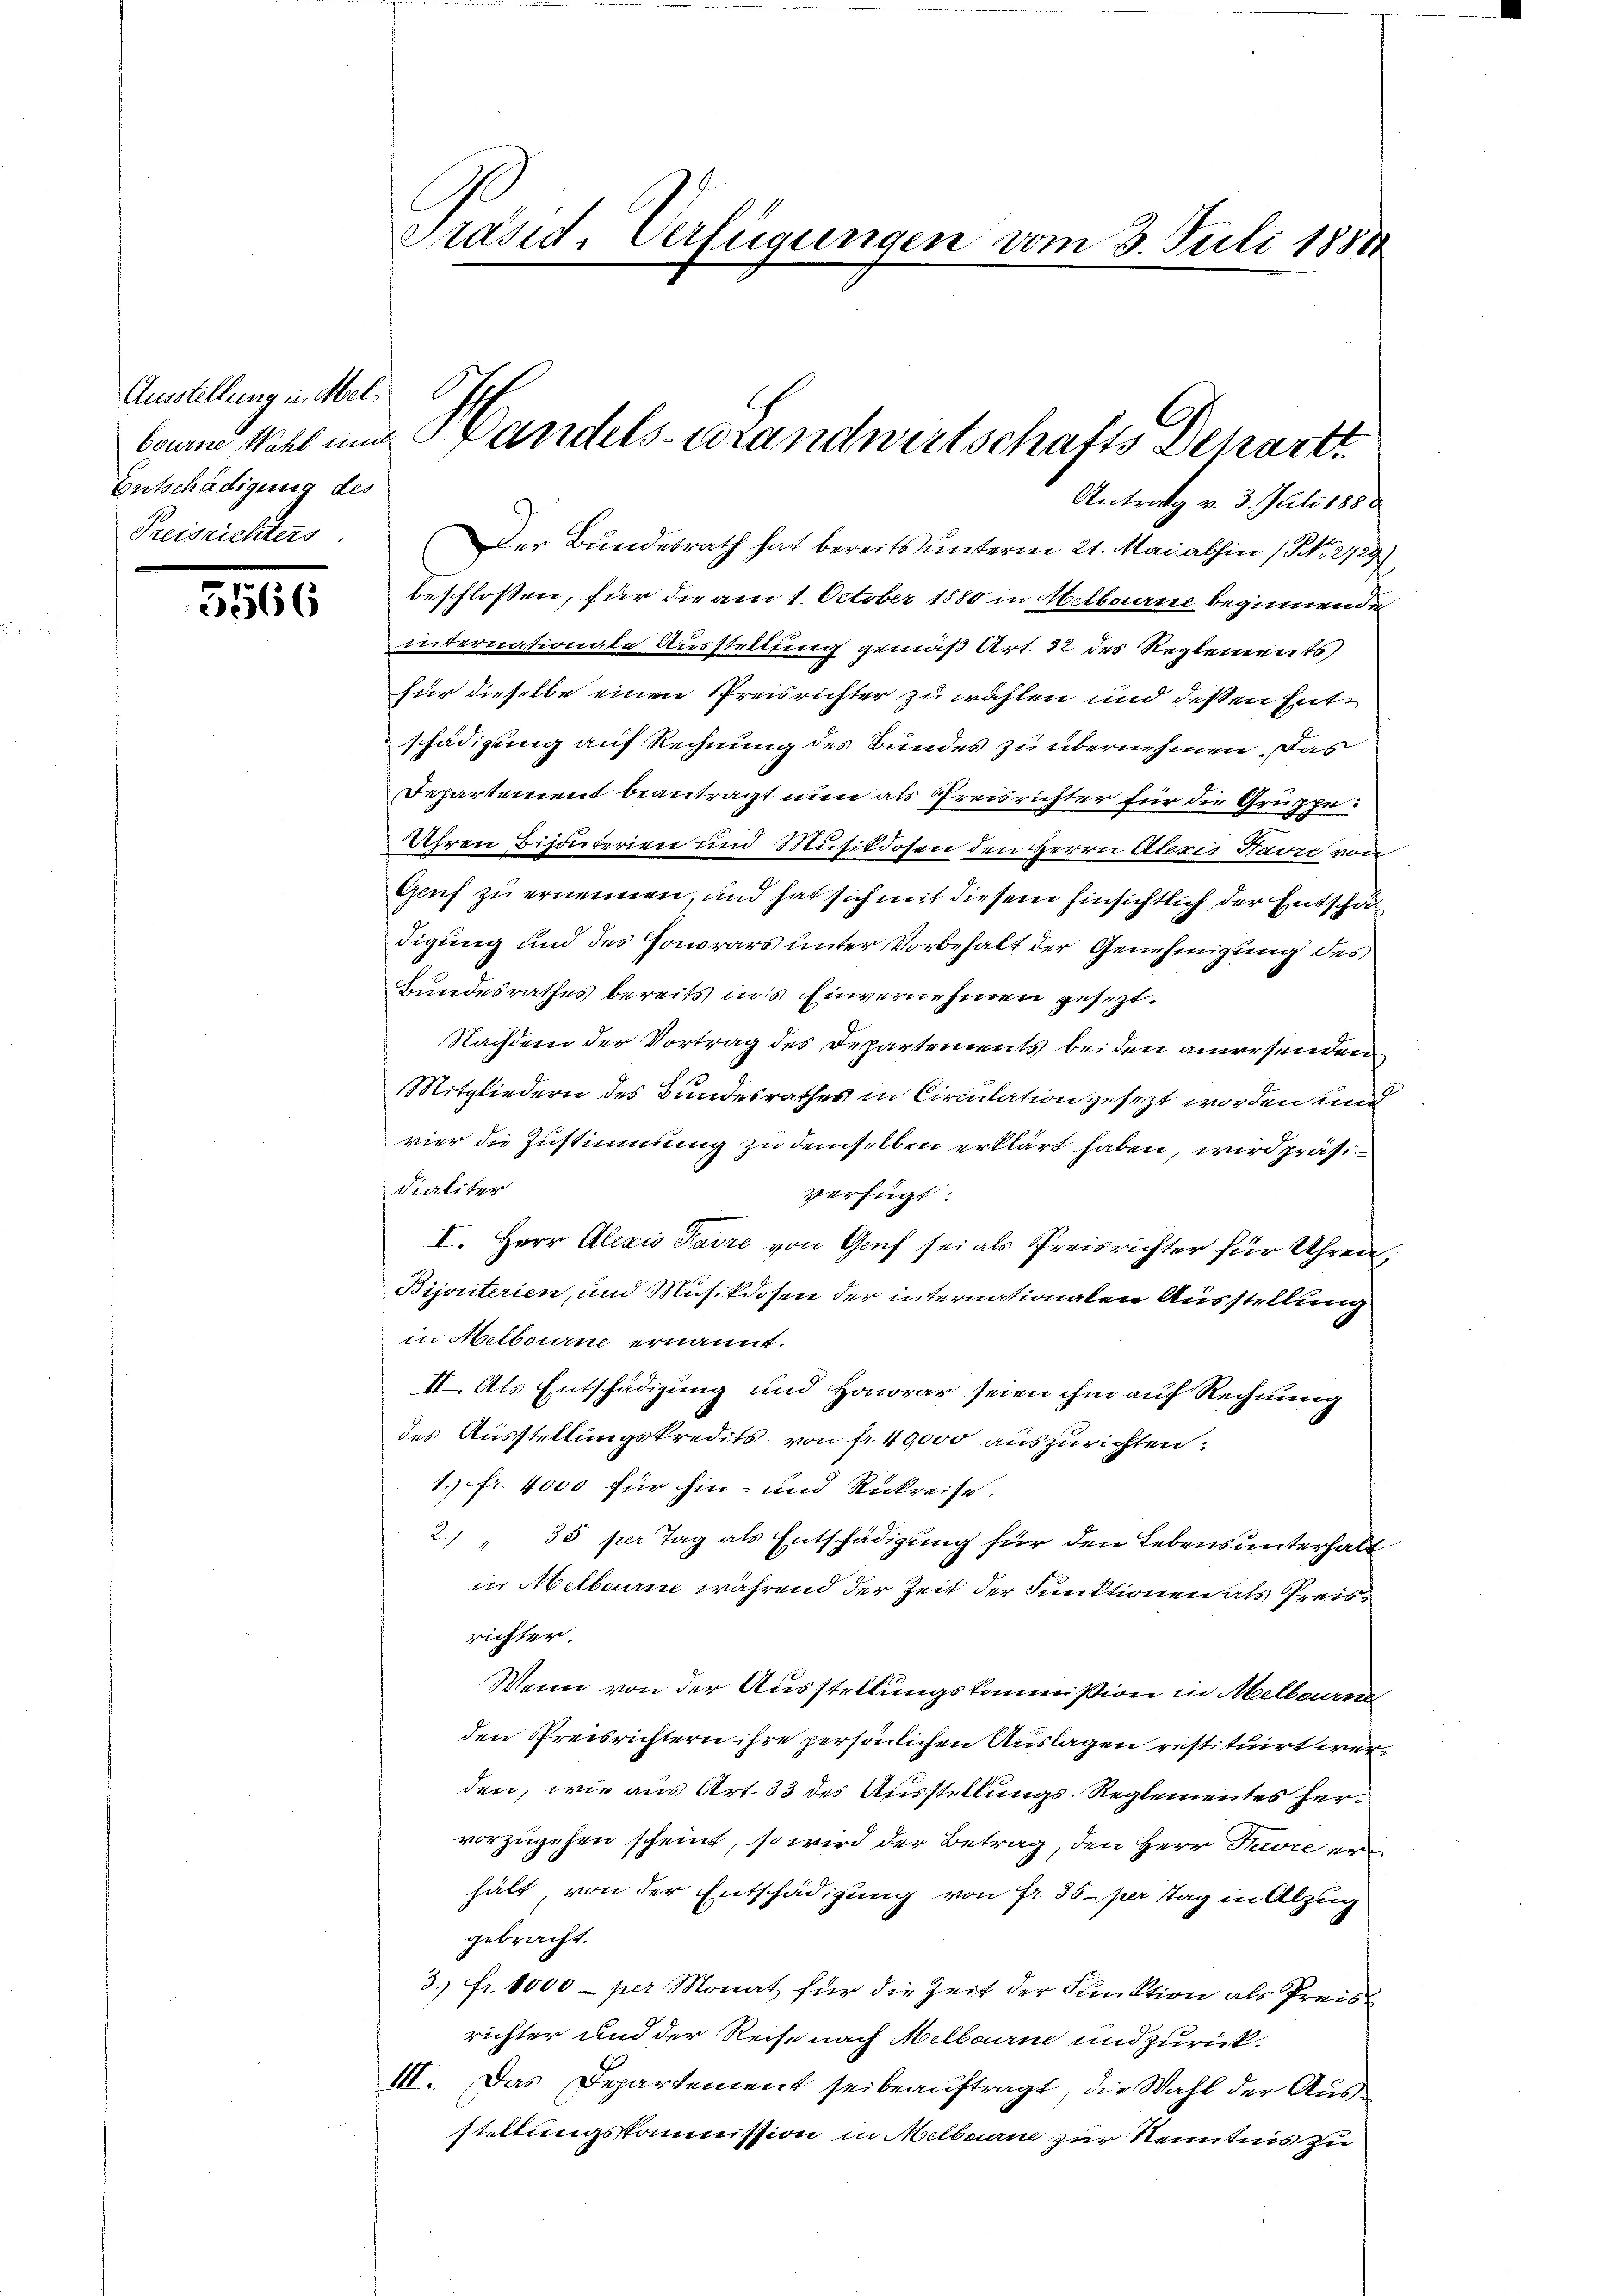
Ausstellung in Mel¬
Entschädigung des
Preisrichters

5566

Antrag v. 3. Juli 1888
Der Bundesrath hat bereits unterm 21. Mai abhin (S. 2727
beschloßen, für die am 1. October 1880 in Melbourne beginnende
internationale Ausstellung gemäß Art. 32 des Reglements
für dieselbe einen Preisrichter zu wählen und deßen Entschädigung auf Rechnung des Bundes zu übernehmen. Das
Departement beantragt nun als Preisrichter für die Gruppe:
Uhren Bisoterien und Musikdosen den Herrn Ateris Havre von
Genf zu ernennen, und hat sich mit diesem hinsichtlich der Entschäf
digung und des Honorars unter Vorbehalt der Genehmigung des
Bundesrathes bereits ins Einvernehmen gesezt.
Nachdem der Vortrag des Departements bei den anersenden
Mitgliedern des Bundesrathes in Circulation gesezt worden und
vier die Zustimmung zu demselben erklärt haben, wird präsi
Scaliter
verfügt:
I. Herr Alexis Favre von Gruf sei als Preisrichter für Uhren,
Bijouterien, und Musikdosen der internationalen Ausstellung
in Helbourne ernannt.
II. Als Entschädigung und Honorar seien ihm auf Rechnung
des Ausstellungskredits von fr. 40,000 auszurichten:
1. fr. 4000 für hin- und Rückreise.
2. " 35 per Tag als Entschädigung für den Lebensunterhalt
in Melberne während der Zeit der Funktionen als Preisrichter.
Wenn von der Ausstellungskommission in Melbourne
den Preisrichtern ihre persönlichen Auslagen restituirt wurden, wie aus Art. 33 des Ausstellungs-Reglementes hervorzugehen scheint, so wird der Betrag, den Herr Havre er
hält von der Entschädigung von Fr. 35. per Tag in Abzug
gebracht.
3. fr. 1000 - per Monat für die Zeit der Funktion als Preisrichter und der Reise nach Melborne und zurück¬
III. Das Departement sei beauftragt, die Wahl der Ausstellungskommission in Melborne zur Kenntnis zu

Präsid. Verfügungen vom 3. Juli 1888

bonne Wahl und Bandels-Brandwirtschafts Departt.